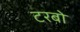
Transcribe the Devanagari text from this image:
टरबो